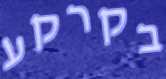
בקרקע